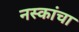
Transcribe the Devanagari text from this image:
नस्कांचा